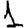
Digit: 1